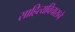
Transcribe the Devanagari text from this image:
साहित्यविचाराने